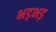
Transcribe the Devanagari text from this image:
भड़भड़